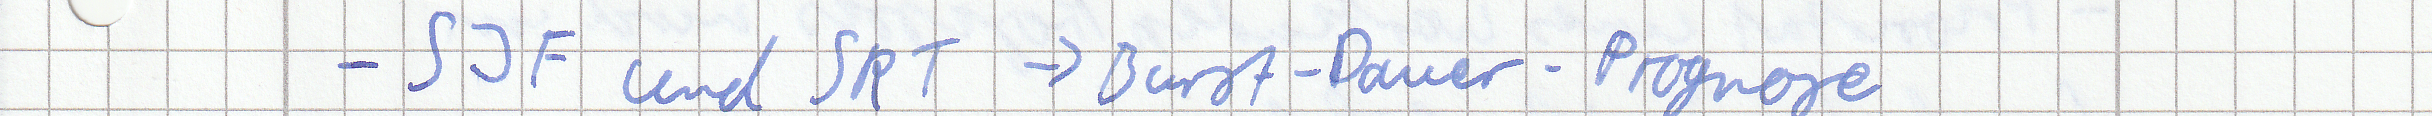
- SJF und SRT -> Burst-Dauer-Prognose